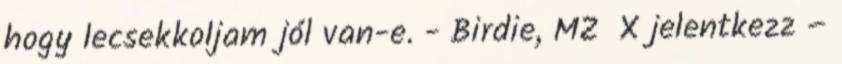
hogy lecsekkoljam jól van-e. - Birdie, MZ X jelentkezz –